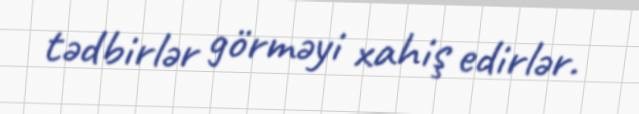
tədbirlər görməyi xahiş edirlər.